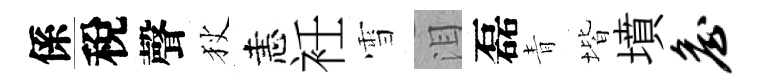
係稅聲狄恚衽雪泪磊青堦墳詹